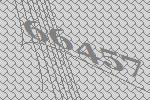
66457